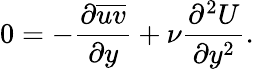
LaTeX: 0=-\frac{\partial{\overline{{uv}}}}{\partial{y}}+\nu\frac{\partial^{2}U}{\partial y^{2}}.